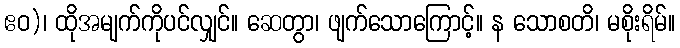
ဧဝ)၊ ထိုအမျက်ကိုပင်လျှင်။ ဆေတွာ၊ ဖျက်သောကြောင့်။ န သောစတိ၊ မစိုးရိမ်။